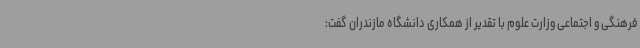
فرهنگی و اجتماعی وزارت علوم با تقدیر از همکاری دانشگاه مازندران گفت: